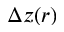
\Delta z ( r )